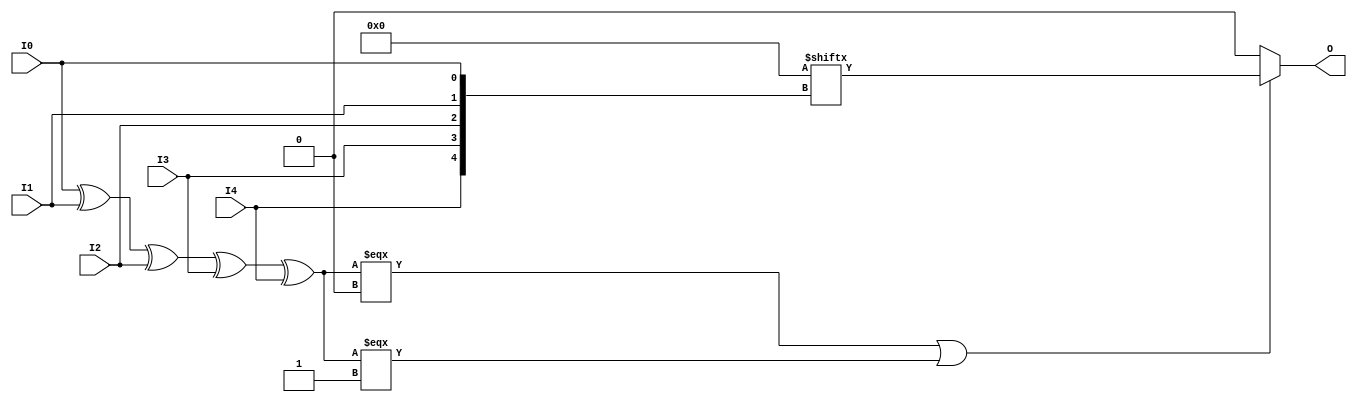
///////////////////////////////////////////////////////////////////////////////
//    Copyright (c) 1995/2016 Xilinx, Inc.
// 
//    Licensed under the Apache License, Version 2.0 (the "License");
//    you may not use this file except in compliance with the License.
//    You may obtain a copy of the License at
// 
//        http://www.apache.org/licenses/LICENSE-2.0
// 
//    Unless required by applicable law or agreed to in writing, software
//    distributed under the License is distributed on an "AS IS" BASIS,
//    WITHOUT WARRANTIES OR CONDITIONS OF ANY KIND, either express or implied.
//    See the License for the specific language governing permissions and
//    limitations under the License.
///////////////////////////////////////////////////////////////////////////////
//   ____  ____
//  /   /\/   /
// /___/  \  /    Vendor      : Xilinx
// \   \   \/     Version     : 2017.1
//  \   \         Description : Xilinx Unified Simulation Library Component
//  /   /                  5-Bit Look-Up Table
// /___/   /\     Filename : LUT5.v
// \   \  /  \
//  \___\/\___\
//
///////////////////////////////////////////////////////////////////////////////
//  Revision:
//    03/23/04 - Initial version.
//    02/04/05 - Replace primitive with function; Remove buf.
//    01/07/06 - 222733 - Add LOC Parameter
//    06/04/07 - Add wire declaration to internal signal.
//    12/13/11 - 524859 - Added `celldefine and `endcelldefine
//    09/12/16 - ANSI ports, speed improvements
//  End Revision:
///////////////////////////////////////////////////////////////////////////////

`timescale 1 ps/1 ps

`celldefine

module LUT5 #(
`ifdef XIL_TIMING
  parameter LOC = "UNPLACED",
`endif
  parameter [31:0] INIT = 32'h00000000
)(
  output O,

  input I0,
  input I1,
  input I2,
  input I3,
  input I4
);

// define constants
  localparam MODULE_NAME = "LUT5";

  reg trig_attr = 1'b0;
// include dynamic registers - XILINX test only
`ifdef XIL_DR
  `include "LUT5_dr.v"
`else
  reg [31:0] INIT_REG = INIT;
`endif

// begin behavioral model

  reg O_out;

  assign O = O_out;

  function lut_mux4_f;
  input [3:0] d;
  input [1:0] s;
  begin
    if (((s[1]^s[0]) === 1'b1) || ((s[1]^s[0]) === 1'b0))
      lut_mux4_f = d[s];
    else if ( ~(|d) || &d)
      lut_mux4_f = d[0];
    else if (((s[0] === 1'b1) || (s[0] === 1'b0)) && (d[{1'b0,s[0]}] === d[{1'b1,s[0]}]))
      lut_mux4_f = d[{1'b0,s[0]}];
    else if (((s[1] === 1'b1) || (s[1] === 1'b0)) && (d[{s[1],1'b0}] === d[{s[1],1'b1}]))
      lut_mux4_f = d[{s[1],1'b0}];
    else
      lut_mux4_f = 1'bx;
  end
  endfunction

  function lut_mux8_f;
  input [7:0] d;
  input [2:0] s;
  begin
    if (((s[2]^s[1]^s[0]) === 1'b1) || ((s[2]^s[1]^s[0]) === 1'b0))
      lut_mux8_f = d[s];
    else if ( ~(|d) || &d)
      lut_mux8_f = d[0];
    else if ((((s[1]^s[0]) === 1'b1) || ((s[1]^s[0]) === 1'b0)) &&
             (d[{1'b0,s[1:0]}] === d[{1'b1,s[1:0]}]))
      lut_mux8_f = d[{1'b0,s[1:0]}];
    else if ((((s[2]^s[0]) === 1'b1) || ((s[2]^s[0]) === 1'b0)) &&
             (d[{s[2],1'b0,s[0]}] === d[{s[2],1'b1,s[0]}]))
      lut_mux8_f = d[{s[2],1'b0,s[0]}];
    else if ((((s[2]^s[1]) === 1'b1) || ((s[2]^s[1]) === 1'b0)) &&
             (d[{s[2],s[1],1'b0}] === d[{s[2],s[1],1'b1}]))
      lut_mux8_f = d[{s[2:1],1'b0}];
    else if (((s[0] === 1'b1) || (s[0] === 1'b0)) &&
             (d[{1'b0,1'b0,s[0]}] === d[{1'b0,1'b1,s[0]}]) &&
             (d[{1'b0,1'b0,s[0]}] === d[{1'b1,1'b0,s[0]}]) &&
             (d[{1'b0,1'b0,s[0]}] === d[{1'b1,1'b1,s[0]}]))
      lut_mux8_f = d[{1'b0,1'b0,s[0]}];
    else if (((s[1] === 1'b1) || (s[1] === 1'b0)) &&
             (d[{1'b0,s[1],1'b0}] === d[{1'b0,s[1],1'b1}]) &&
             (d[{1'b0,s[1],1'b0}] === d[{1'b1,s[1],1'b0}]) &&
             (d[{1'b0,s[1],1'b0}] === d[{1'b1,s[1],1'b1}]))
      lut_mux8_f = d[{1'b0,s[1],1'b0}];
    else if (((s[2] === 1'b1) || (s[2] === 1'b0)) &&
             (d[{s[2],1'b0,1'b0}] === d[{s[2],1'b0,1'b1}]) &&
             (d[{s[2],1'b0,1'b0}] === d[{s[2],1'b1,1'b0}]) &&
             (d[{s[2],1'b0,1'b0}] === d[{s[2],1'b1,1'b1}]))
      lut_mux8_f = d[{s[2],1'b0,1'b0}];
    else
      lut_mux8_f = 1'bx;
  end
  endfunction

 always @(I0 or I1 or I2 or I3 or I4)  begin
   if ( (I0 ^ I1  ^ I2 ^ I3 ^ I4) === 1'b0 || (I0 ^ I1  ^ I2 ^ I3 ^ I4) === 1'b1)
     O_out = INIT_REG[{I4, I3, I2, I1, I0}];
   else if ( ~(|INIT_REG) || &INIT_REG )
     O_out = INIT_REG[0];
   else
     O_out = lut_mux4_f ({lut_mux8_f (INIT_REG[31:24], {I2, I1, I0}),
                      lut_mux8_f (INIT_REG[23:16], {I2, I1, I0}),
                      lut_mux8_f ( INIT_REG[15:8], {I2, I1, I0}),
                      lut_mux8_f (  INIT_REG[7:0], {I2, I1, I0})}, {I4, I3});
  end

// end behavioral model

`ifdef XIL_TIMING
  specify
	(I0 => O) = (0:0:0, 0:0:0);
	(I1 => O) = (0:0:0, 0:0:0);
	(I2 => O) = (0:0:0, 0:0:0);
	(I3 => O) = (0:0:0, 0:0:0);
	(I4 => O) = (0:0:0, 0:0:0);
	specparam PATHPULSE$ = 0;
  endspecify
`endif

endmodule

`endcelldefine